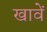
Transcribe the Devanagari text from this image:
खावें